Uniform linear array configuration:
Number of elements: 32
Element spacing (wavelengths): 0.25
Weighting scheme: hamming
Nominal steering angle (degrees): -60
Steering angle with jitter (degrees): -59.704
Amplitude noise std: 0.05
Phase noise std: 0.05

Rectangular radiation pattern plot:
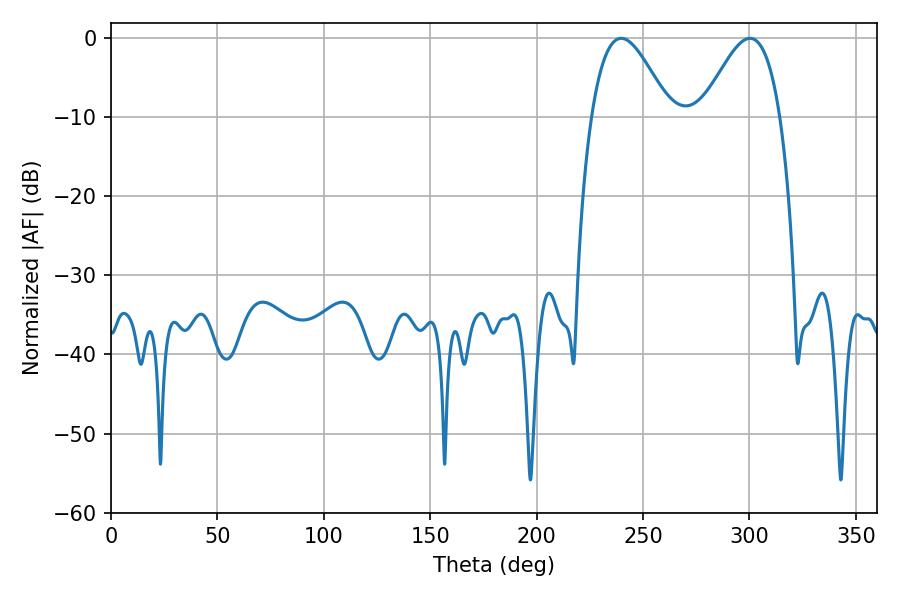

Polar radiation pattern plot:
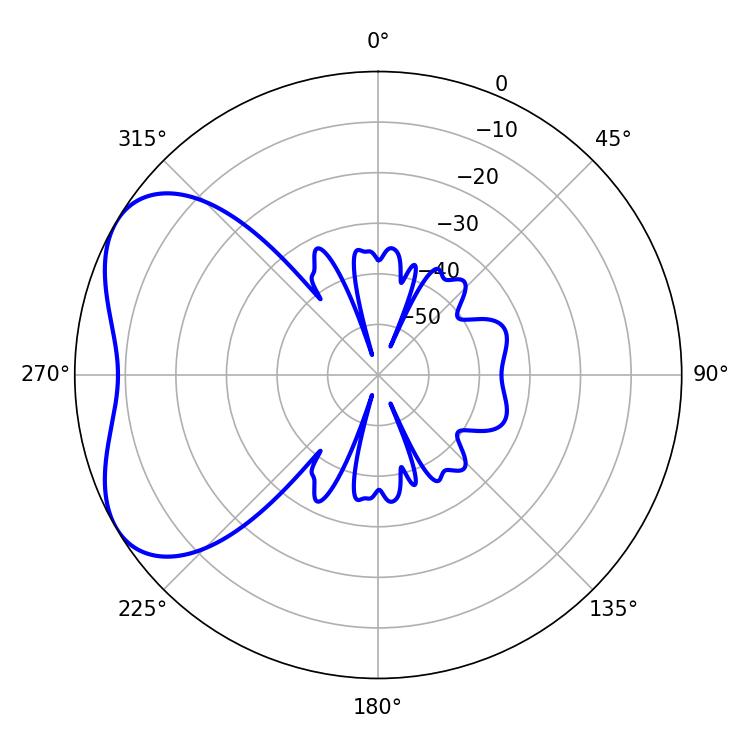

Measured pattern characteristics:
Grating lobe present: FALSE
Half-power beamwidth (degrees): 19.62
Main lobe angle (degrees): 239.76